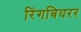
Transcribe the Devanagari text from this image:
रिंगबियरर